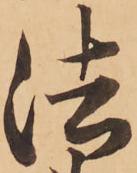
法